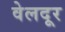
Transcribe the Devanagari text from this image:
वेलदूर